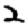
Digit: 2